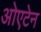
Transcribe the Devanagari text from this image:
ओएटेन